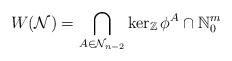
LaTeX: \begin{align*} W(\mathcal N) = \bigcap_{A \in \mathcal N_{n-2}}\ker_{\mathbb Z}\phi^A\cap \mathbb N_{0}^m \end{align*}